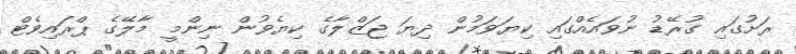
ރަށުގައި ގުރޭޑު ނުވައެއްގައި ކިޔަވަމުން ދިޔަ ޖަޒްލާގެ ކިޔެވުން ނިންމީ މާލޭގެ ޕްރައިވެޓް